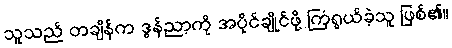
သူသည် တချိန်က ဒွန်ညာ့ကို အပိုင်ချိုင်ဖို့ ကြံရွယ်ခဲ့သူ ဖြစ်၏။